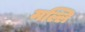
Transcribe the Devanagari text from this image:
मल्लि